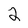
Character: 2